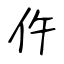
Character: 仵